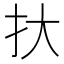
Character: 𢪂